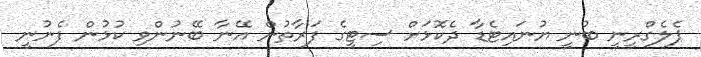
ޕެލެގްރީނީ ބުނީ ޔުނައިޓެޑާ ދެކޮޅަށް ސިޓީގެ ފަރާތުން އޭނާ ބޭނުންވި ކުޅުން ފެނުނީ